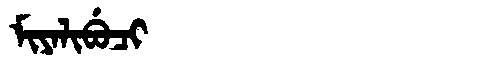
Manchu: ᠮᡳᠶᠠᠯᡳᠪᡠᠴᡳ
Romanization: MIYALIBUCI